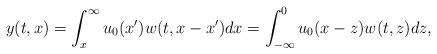
LaTeX: \begin{align*}y(t,x) = \int_{x}^{\infty} u_0(x') w(t,x-x') dx = \int_{-\infty}^0 u_0(x-z) w(t,z) dz,\end{align*}